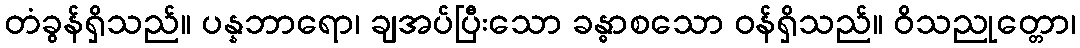
တံခွန်ရှိသည်။ ပန္နဘာရော၊ ချအပ်ပြီးသော ခန္ဓာစသော ဝန်ရှိသည်။ ဝိသညုတ္တော၊